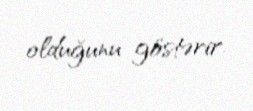
olduğunu göstərir.